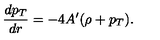
{ \frac { d p _ { T } } { d r } } = - 4 A ^ { \prime } ( \rho + p _ { T } ) .